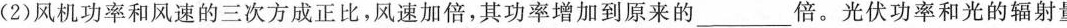
(2)风机功率和风速的三次方成正比，风速加倍，其功率增加到原来的___倍。光伏功率和光的辐射量